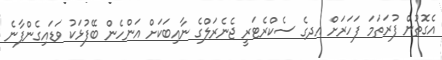
އެގޮތުން ފުރަތަމަ ފަހަރަށް އދގެ ސެކްރެޓަރީ ޖެނެރަލްގެ ނާއިބަކަށް އަންހެން ބޭފުޅަކު ވަޑައިގެންފާނެ